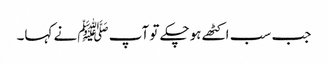
جب سب اکٹھے ہوچکے تو آپ ﷺنے کہا۔